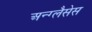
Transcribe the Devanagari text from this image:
अन्ग्लैसेस